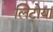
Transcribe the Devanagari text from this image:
लिटोया